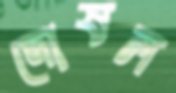
দোষল